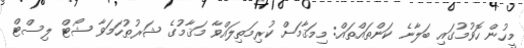
މީހުން ހޮވުމުގައި ބަލާނެ ކަންތައްތައް: މިމަޤާމަށް ކުރިމަތިލައްވާ މަޤާމުގެ ޝަރުޠުހަމަވާ ޝޯޓް ލިސްޓް